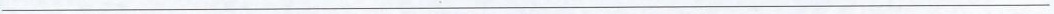
___